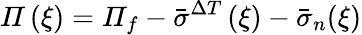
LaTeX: \mathit{\Pi}\left(\xi\right)=\mathit{\Pi}_{f}-\bar{\sigma}^{\Delta T}\left(\xi\right)-\bar{\sigma}_{n}(\xi)